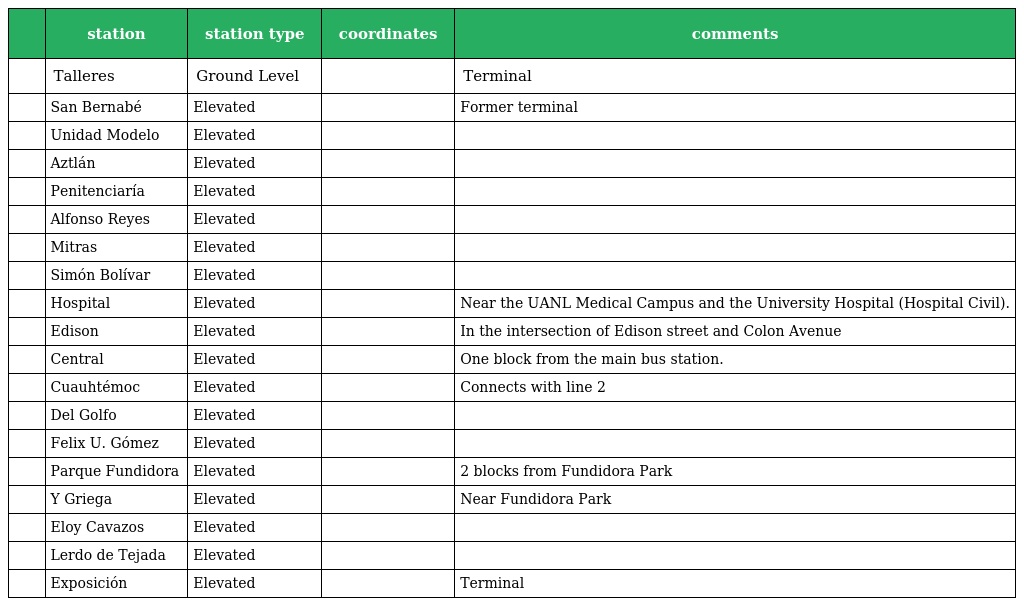
|  | station | station type | coordinates | comments |
 | --- | --- | --- | --- | --- |
 |  | Talleres | Ground Level |  | Terminal |
 |  | San Bernabé | Elevated |  | Former terminal |
 |  | Unidad Modelo | Elevated |  |  |
 |  | Aztlán | Elevated |  |  |
 |  | Penitenciaría | Elevated |  |  |
 |  | Alfonso Reyes | Elevated |  |  |
 |  | Mitras | Elevated |  |  |
 |  | Simón Bolívar | Elevated |  |  |
 |  | Hospital | Elevated |  | Near the UANL Medical Campus and the University Hospital (Hospital Civil). |
 |  | Edison | Elevated |  | In the intersection of Edison street and Colon Avenue |
 |  | Central | Elevated |  | One block from the main bus station. |
 |  | Cuauhtémoc | Elevated |  | Connects with line 2 |
 |  | Del Golfo | Elevated |  |  |
 |  | Felix U. Gómez | Elevated |  |  |
 |  | Parque Fundidora | Elevated |  | 2 blocks from Fundidora Park |
 |  | Y Griega | Elevated |  | Near Fundidora Park |
 |  | Eloy Cavazos | Elevated |  |  |
 |  | Lerdo de Tejada | Elevated |  |  |
 |  | Exposición | Elevated |  | Terminal |